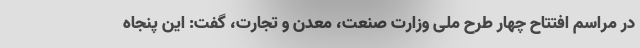
در مراسم افتتاح چهار طرح ملی وزارت صنعت، معدن و تجارت، گفت: این پنجاه